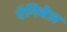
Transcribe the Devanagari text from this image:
ऍनिबेल